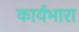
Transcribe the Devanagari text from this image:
कार्यभारा